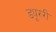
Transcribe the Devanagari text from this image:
ड्यूररी